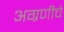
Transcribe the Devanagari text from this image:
अग्रणीचे